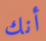
أنك